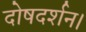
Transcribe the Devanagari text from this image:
दोषदर्शन।